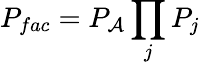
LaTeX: P_{fac}=P_{\cal A}\prod_{j}P_{j}